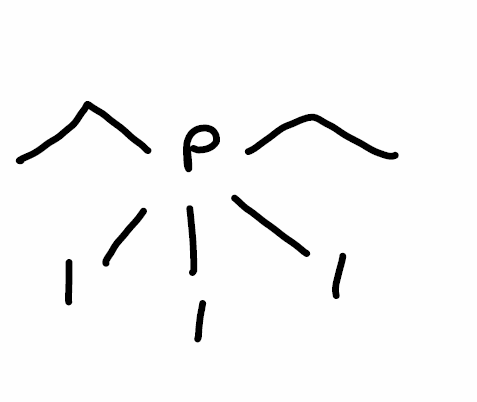
Simplified molecular-input line-entry system (SMILES) notation of the given molecule:
CCP(CC)(I)(I)I